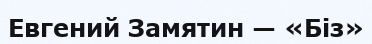
Евгений Замятин — «Біз»